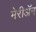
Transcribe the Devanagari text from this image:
मेरीॲन